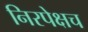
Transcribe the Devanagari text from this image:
निरपेक्षच